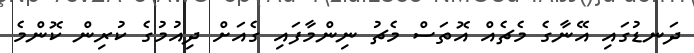
ދަނޑުގައި އޭނާގެ މެޗެއް އޮތަސް މެޗު ނިންމާފައި ގެއަށް ދިއުމުގެ ކުރިން ކޮންމެ